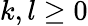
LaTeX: k,l\ge 0